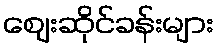
ဈေးဆိုင်ခန်းများ